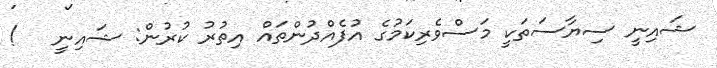
ޝައިނީ ސިޔާސަތަކީ މަސްވެރިކަމުގެ އުފެއްދުންތައް އިތުރު ކުރުން: ޝައިނީ   !